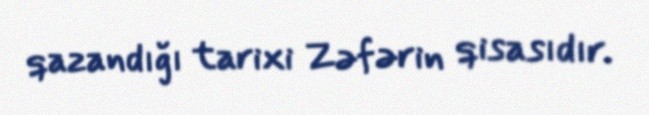
qazandığı tarixi Zəfərin qisasıdır.